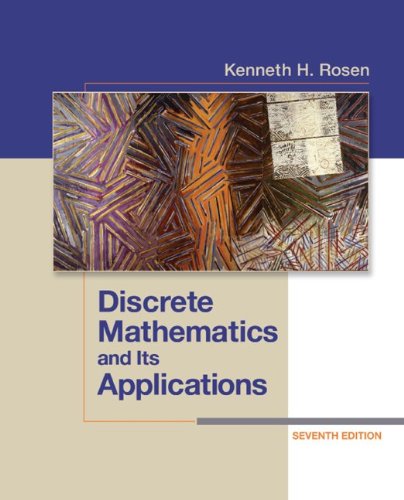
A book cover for Discrete Mathematics and Its Applications Seventh Edition; Kenneth Rosen; Science & Math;